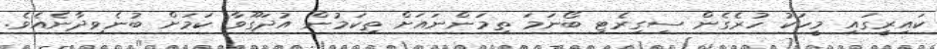
ކައިރީގައި މީހަކު ހުރެގެން ސިގިރެޓި ބޯނަމަ ތިމަންނައަށް ތިކަމުން އުދަގޫވާ ކަމަށް ބުނެވިދާނެއެވެ.